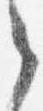
之